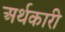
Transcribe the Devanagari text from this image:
अर्थकारी